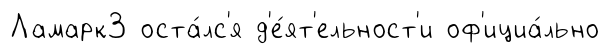
Ламарк3 оста́лс'я д'е́ят'ельност'и оф'ициа́льно